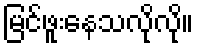
မြင်ဖူးနေသလိုလို။